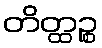
တိတ္ထဉ္စ